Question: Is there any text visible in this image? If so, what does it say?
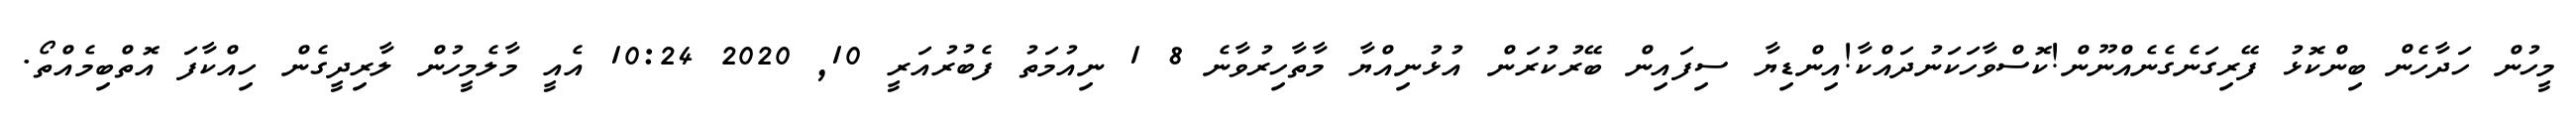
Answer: މީހުން ހަދާހެން ބިންކޮޅު ފޭރިގަނެގެނެއްނޫން!ކޮސްވާހަކަނުދައްކާ!އިންޑިޔާ ސިފައިން ބޭރުކުރަން އުޅުނިއްޔާ މާތާހިރުވާނެ 8 1 ނިއުމަތު ފެބުރުއަރީ 10, 2020 10:24 އެއީ މާލެމީހުން ލާރިދީގެން ހިއްކާފަ އޮތްބިމެއްތޯ.